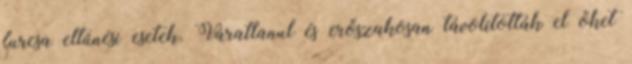
furcsa eltűnési esetek. Váratlanul és erőszakosan távolították el őket